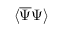
\langle { \overline { { \Psi } } } \Psi \rangle